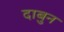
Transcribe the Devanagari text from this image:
दाबुन